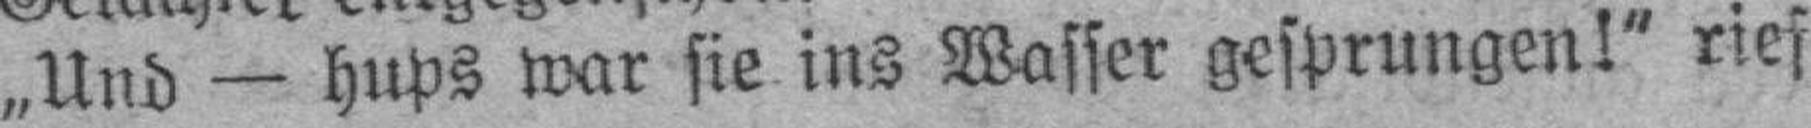
„Und — hups war sie ins Wasser gesprungen!“ rief